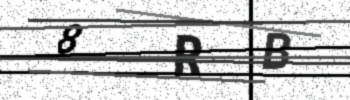
Text: 8RB